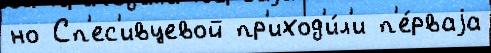
но Сп'ес'ивцевой пр'иход'и́л'и п'е́рваjа